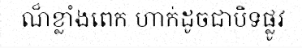
ណ៏ខ្លាំងពេក ហាក់ដូចជាបិទផ្លូវ